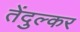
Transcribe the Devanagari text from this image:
तेंदुल्कर